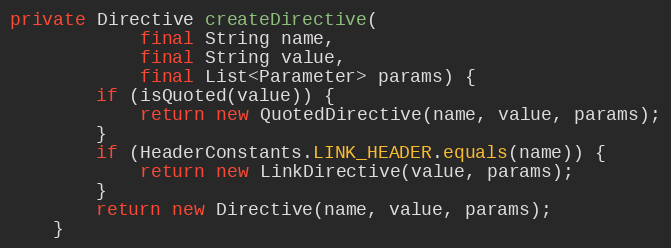
Language: Java
private Directive createDirective(
            final String name,
            final String value,
            final List<Parameter> params) {
        if (isQuoted(value)) {
            return new QuotedDirective(name, value, params);
        }
        if (HeaderConstants.LINK_HEADER.equals(name)) {
            return new LinkDirective(value, params);
        }
        return new Directive(name, value, params);
    }